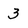
Character: 3